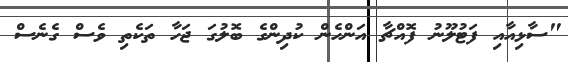
"ސާޅިއާއި ފަޓުލޫނު ފޮއްޗާ އަންހެން ކުދިންގެ ބޮލުގަ ޖަހާ ތަކެތި ވެސް ގެނެސް